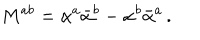
M ^ { a b } = \alpha ^ { a } \bar { \alpha } ^ { b } - \alpha ^ { b } \bar { \alpha } ^ { a } \, .